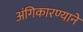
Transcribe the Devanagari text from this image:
अंगिकारण्याने